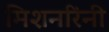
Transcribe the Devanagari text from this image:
मिशनरिंनी